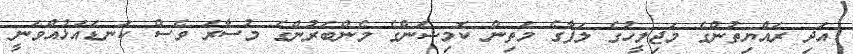
އަދި ރައްޔިތުންގެ މަޖިލީހުގެ ލަފާގެ މަތިން ކޮމިޝަންގެ މެންބަރުންގެ މުސާރަ ވެސް ކަނޑައަޅުއްވަނީ